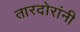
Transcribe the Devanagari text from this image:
तारदोरांनी